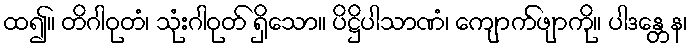
ထ၍။ တိဂါဝုတံ၊ သုံးဂါဝုတ် ရှိသော။ ပိဋ္ဌိပါသာဏံ၊ ကျောက်ဖျာကို။ ပါဒန္တေန၊